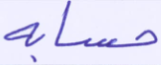
حسابه